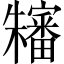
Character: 𱤴